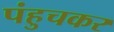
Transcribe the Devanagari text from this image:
पंहुचकर